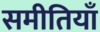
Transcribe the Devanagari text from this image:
समीतियाँ